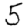
Digit: 5